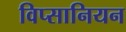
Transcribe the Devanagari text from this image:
विप्सानियन